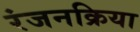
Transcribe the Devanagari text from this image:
रंजनक्रिया